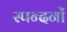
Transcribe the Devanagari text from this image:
स्पन्दनों